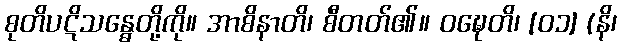
စုတိပဋိသန္ဓေတို့ကို။ အာစိနာတိ၊ စီတတ်၏။ ဝဍ္ဎေတိ၊ [၀၁] (နိ၊